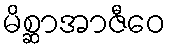
မိစ္ဆာအာဇီဝေ